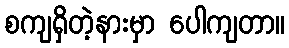
စကျရှိတဲ့နားမှာ ပေါကျတာ။